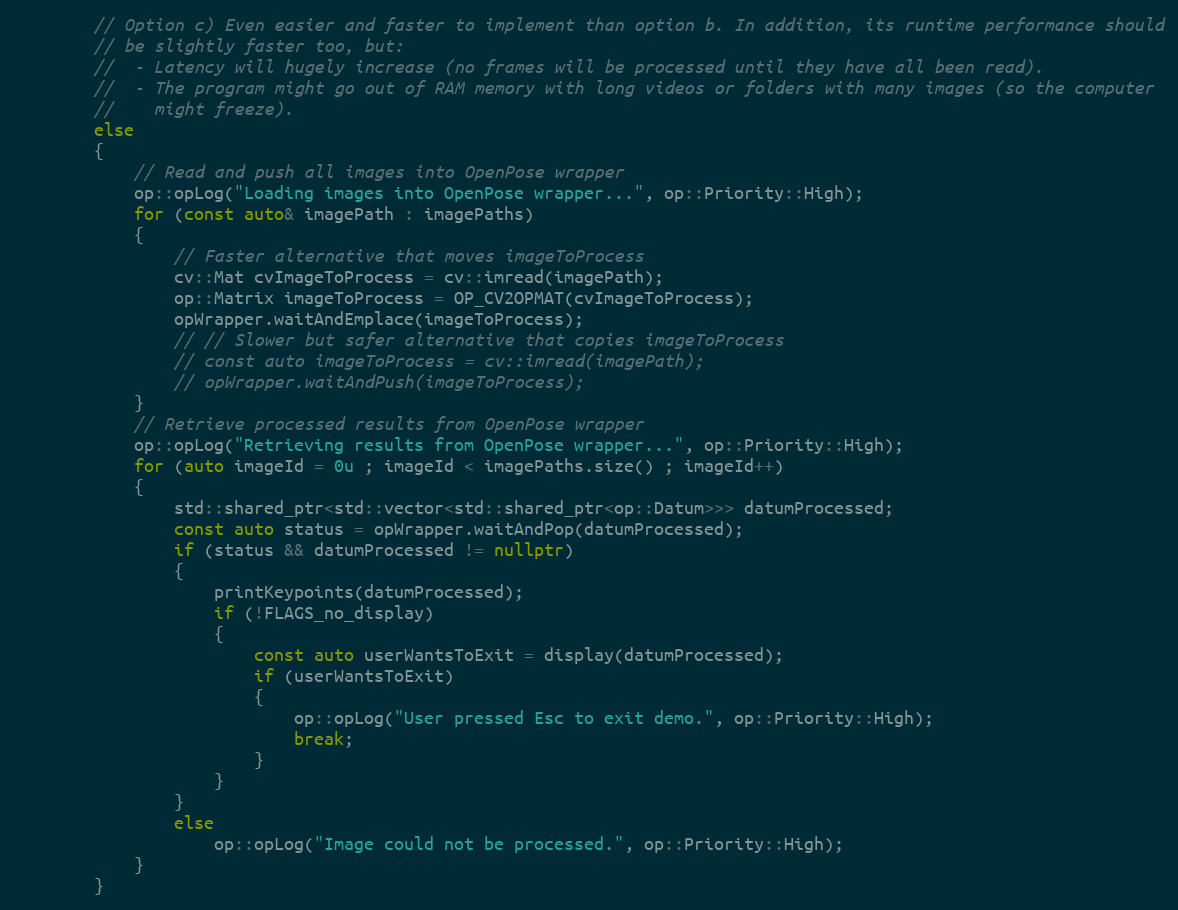
Language: C++
        // Option c) Even easier and faster to implement than option b. In addition, its runtime performance should
        // be slightly faster too, but:
        //  - Latency will hugely increase (no frames will be processed until they have all been read).
        //  - The program might go out of RAM memory with long videos or folders with many images (so the computer
        //    might freeze).
        else
        {
            // Read and push all images into OpenPose wrapper
            op::opLog("Loading images into OpenPose wrapper...", op::Priority::High);
            for (const auto& imagePath : imagePaths)
            {
                // Faster alternative that moves imageToProcess
                cv::Mat cvImageToProcess = cv::imread(imagePath);
                op::Matrix imageToProcess = OP_CV2OPMAT(cvImageToProcess);
                opWrapper.waitAndEmplace(imageToProcess);
                // // Slower but safer alternative that copies imageToProcess
                // const auto imageToProcess = cv::imread(imagePath);
                // opWrapper.waitAndPush(imageToProcess);
            }
            // Retrieve processed results from OpenPose wrapper
            op::opLog("Retrieving results from OpenPose wrapper...", op::Priority::High);
            for (auto imageId = 0u ; imageId < imagePaths.size() ; imageId++)
            {
                std::shared_ptr<std::vector<std::shared_ptr<op::Datum>>> datumProcessed;
                const auto status = opWrapper.waitAndPop(datumProcessed);
                if (status && datumProcessed != nullptr)
                {
                    printKeypoints(datumProcessed);
                    if (!FLAGS_no_display)
                    {
                        const auto userWantsToExit = display(datumProcessed);
                        if (userWantsToExit)
                        {
                            op::opLog("User pressed Esc to exit demo.", op::Priority::High);
                            break;
                        }
                    }
                }
                else
                    op::opLog("Image could not be processed.", op::Priority::High);
            }
        }